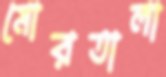
মোরতালা